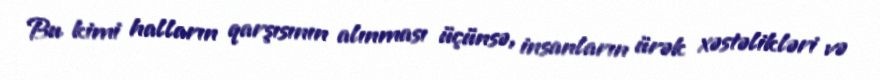
Bu kimi halların qarşısının alınması üçünsə, insanların ürək xəstəlikləri və